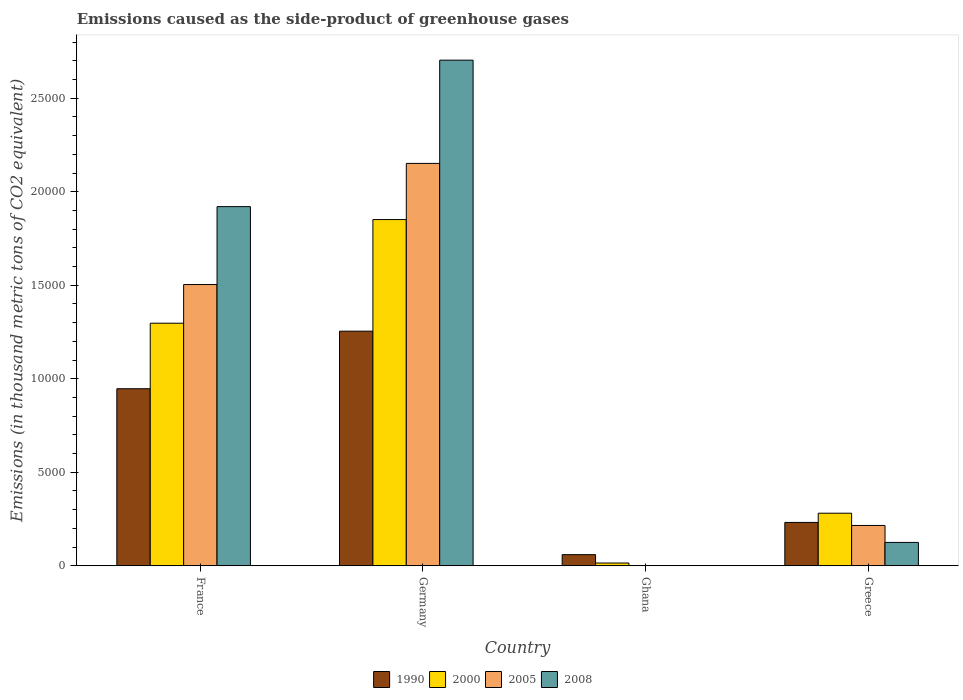
| Country | 1990 | 2000 | 2005 | 2008 |
 | --- | --- | --- | --- | --- |
 | France | 9.47e+03 | 1.3e+04 | 1.5e+04 | 1.92e+04 |
 | Germany | 1.25e+04 | 1.85e+04 | 2.15e+04 | 2.7e+04 |
 | Ghana | 596 | 148 | 14.7 | 11.2 |
 | Greece | 2.32e+03 | 2.81e+03 | 2.16e+03 | 1.25e+03 |